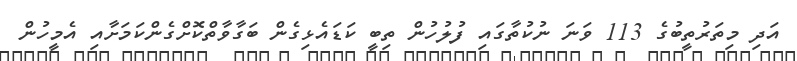
އަދި މިތަރުތީބުގެ 113 ވަނަ ނުކުތާގައި ފުލުހުން ތިބީ ކަޑައެޅިގެން ބަގާވާތްކޮށްގެންކަމަށާއި އެމީހުން